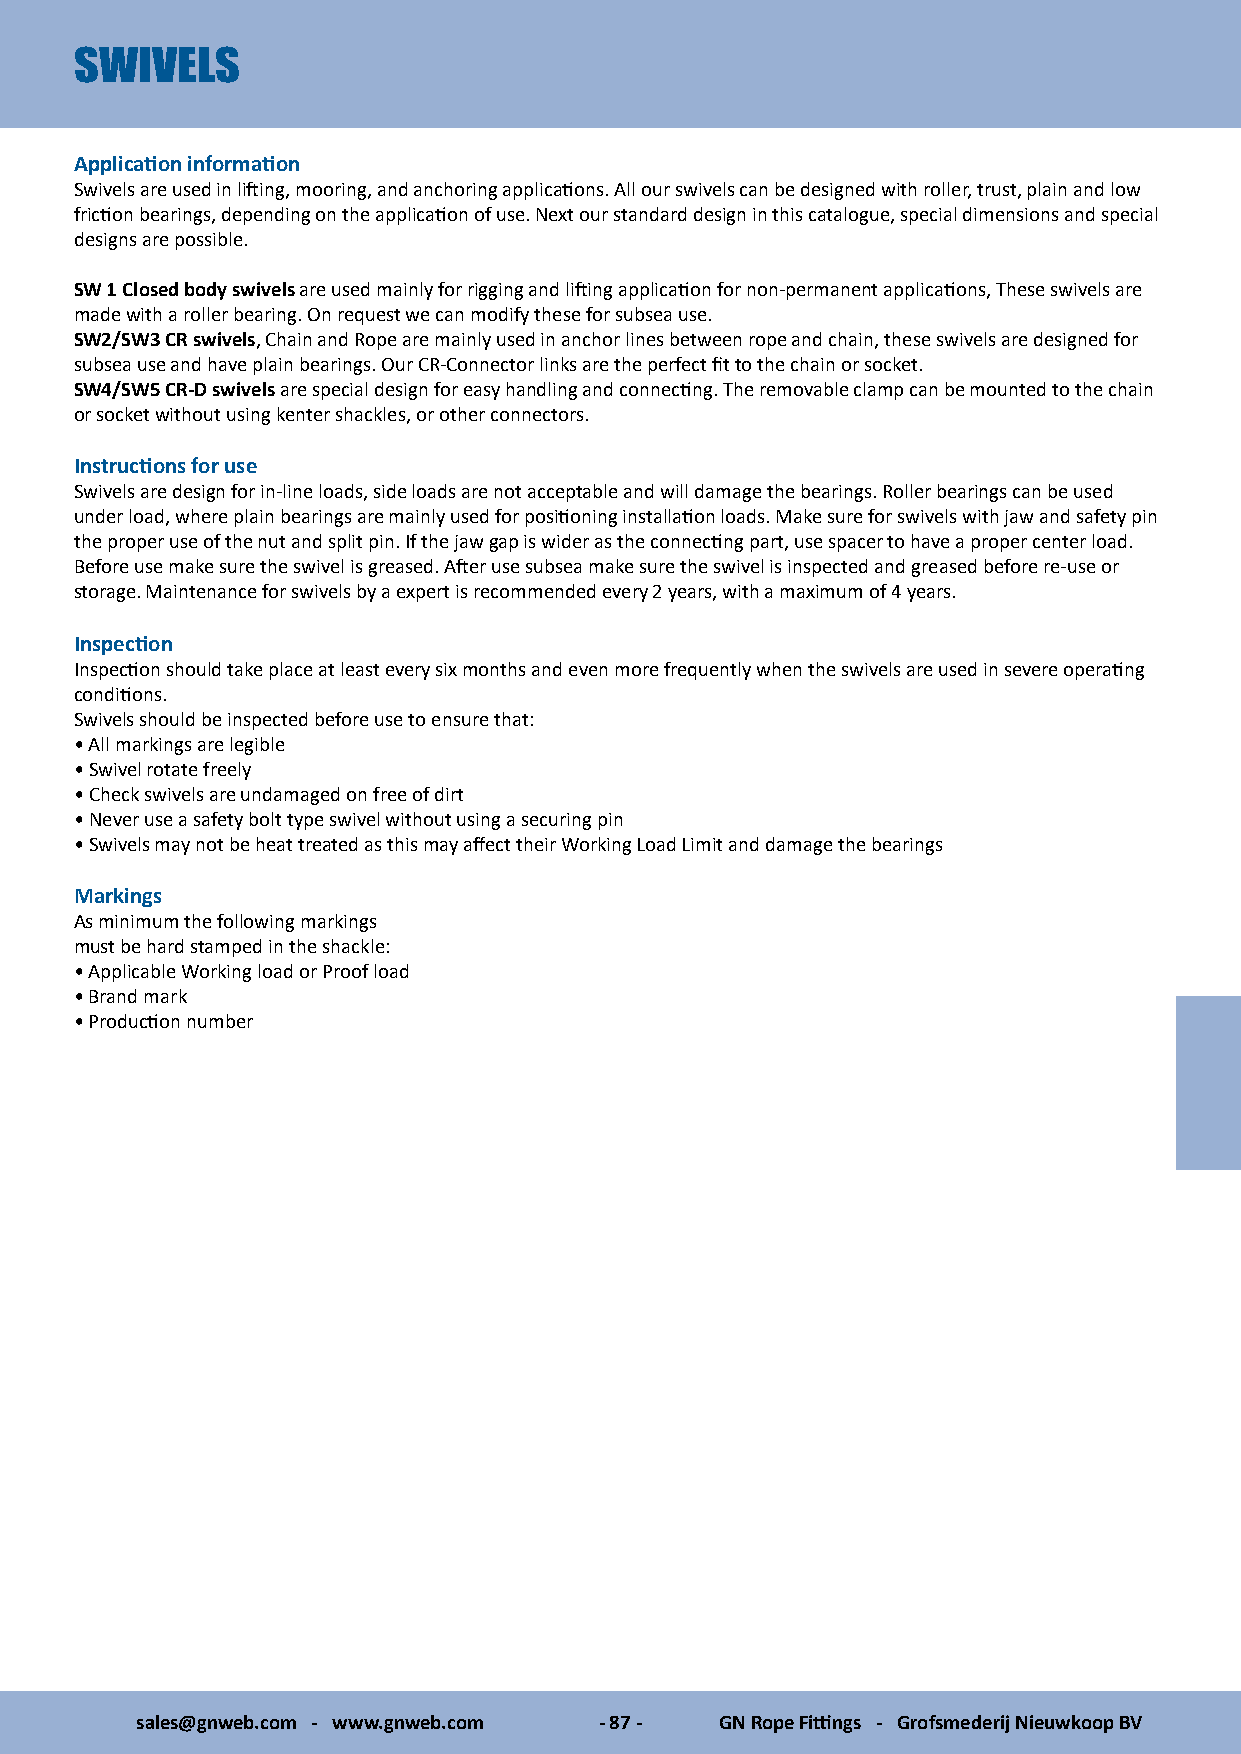
SWIVELS
 Application information
 Swivels are used in lifting, mooring, and anchoring applications. All our swivels can be designed with roller, trust, plain and low
 friction bearings, depending on the application of use. Next our standard design in this catalogue, special dimensions and special
 designs are possible.
 SW 1 Closed body swivels are used mainly for rigging and lifting application for non-permanent applications, These swivels are
 made with a roller bearing. On request we can modify these for subsea use.
 SW2/SW3 CR swivels, Chain and Rope are mainly used in anchor lines between rope and chain, these swivels are designed for
 subsea use and have plain bearings. Our CR-Connector links are the perfect fit to the chain or socket.
 SW4/SW5 CR-D swivels are special design for easy handling and connecting. The removable clamp can be mounted to the chain
 or socket without using kenter shackles, or other connectors.
 Instructions for use
 Swivels are design for in-line loads, side loads are not acceptable and will damage the bearings. Roller bearings can be used
 under load, where plain bearings are mainly used for positioning installation loads. Make sure for swivels with jaw and safety pin
 the proper use of the nut and split pin. If the jaw gap is wider as the connecting part, use spacer to have a proper center load.
 Before use make sure the swivel is greased. After use subsea make sure the swivel is inspected and greased before re-use or
 storage. Maintenance for swivels by a expert is recommended every 2 years, with a maximum of 4 years.
 Inspection
 Inspection should take place at least every six months and even more frequently when the swivels are used in severe operating
 conditions.
 Swivels should be inspected before use to ensure that:
 • All markings are legible
 • Swivel rotate freely
 • Check swivels are undamaged on free of dirt
 • Never use a safety bolt type swivel without using a securing pin
 • Swivels may not be heat treated as this may affect their Working Load Limit and damage the bearings
 Markings
 As minimum the following markings
 must be hard stamped in the shackle:
 • Applicable Working load or Proof load
 • Brand mark
 • Production number
 sales@gnweb.com - www.gnweb.com - 87 - GN Rope Fittings - Grofsmederij Nieuwkoop BV